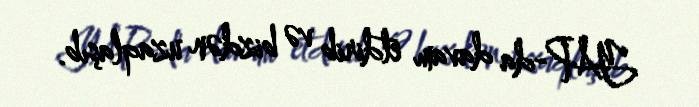
YAP-da davam etdirib və bizdən uzaqlaşıb.